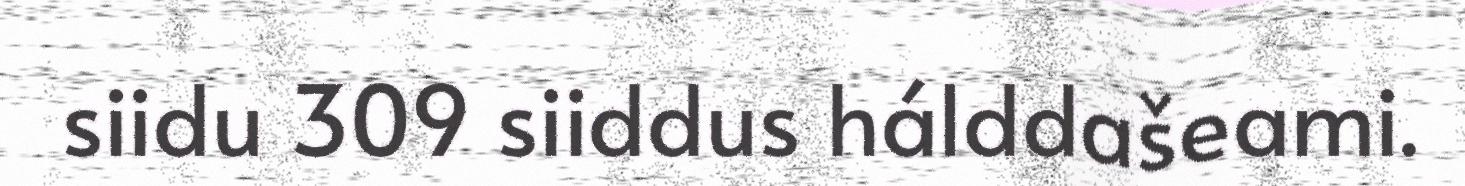
siidu 309 siiddus hálddašeami.